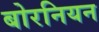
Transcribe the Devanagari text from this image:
बोरनियन